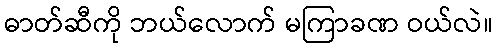
ဓာတ်ဆီကို ဘယ်လောက် မကြာခဏ ဝယ်လဲ။